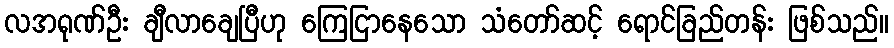
လအရုဏ်ဦး ချီလာချေပြီဟု ကြေငြာနေသော သံတော်ဆင့် ရောင်ခြည်တန်း ဖြစ်သည်။